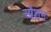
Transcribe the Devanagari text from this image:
स्प्रैशन